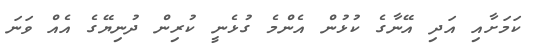
ކަމަށާއި އަދި އޭނާގެ ކުޅުން އެންމެ ގުޅެނީ ކުރިން ދުނިޔޭގެ އެއް ވަނަ